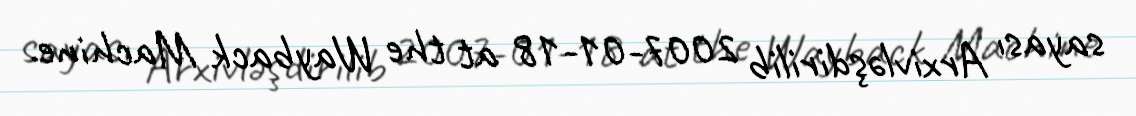
sayası Arxivləşdirilib 2007-01-18 at the Wayback Machine.